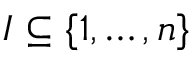
I \subseteq \{ 1 , \ldots , n \}